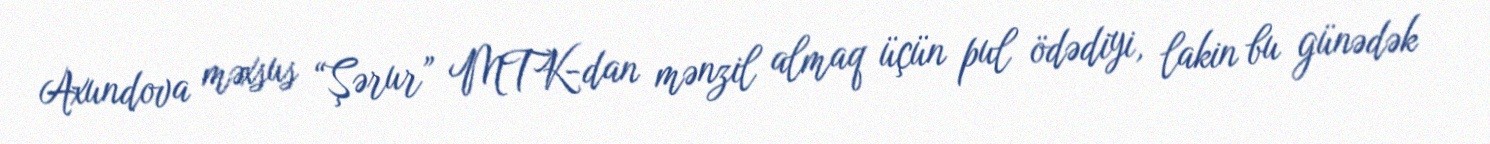
Axundova məxsus “Şərur” MTK-dan mənzil almaq üçün pul ödədiyi, lakin bu günədək